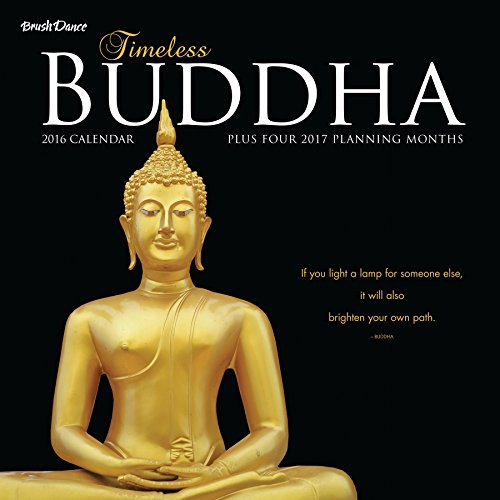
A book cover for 2016 Timeless Buddha Wall Calendar; Brush Dance; Calendars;